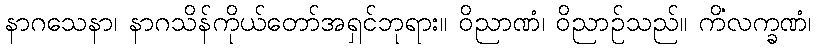
နာဂသေနာ၊ နာဂသိန်ကိုယ်တော်အရှင်ဘုရား။ ဝိညာဏံ၊ ဝိညာဉ်သည်။ ကိံလက္ခဏံ၊